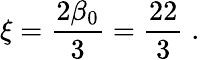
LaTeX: \xi=\frac{2\beta_{0}}{3}=\frac{22}{3}\; .